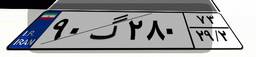
۹۰گ۲۸۰۷۳